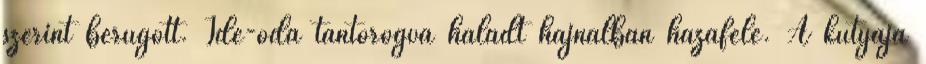
szerint berúgott. Ide-oda tántorogva haladt hajnalban hazafelé. A kutyája